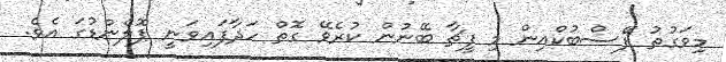
މިވަގުތު ފޭސްބުކްއިން މި ފީޗާ ބޭނުން ކުރެވޭ ގޮތް ހަދާފައިވަނީ ޕޮލެންޑުގަ އެވެ.